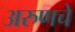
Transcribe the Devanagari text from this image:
अरुणचे